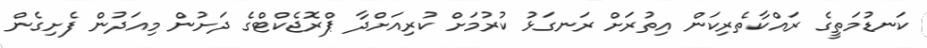
ކަނޑުމަތީގެ ރައްކާތެރިކަން އިތުރަށް ރަނގަޅު ކުރުމަށް ކުރިއަށްދާ ޕްރޮޖެކްޓްގެ ދަށުން މިއަދުން ފެށިގެން